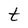
Character: t